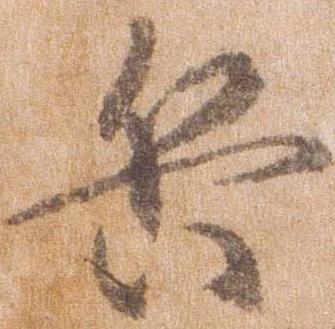
兵